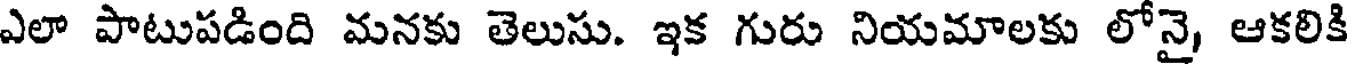
ఎలా పాటుపడింది మనకు తెలుసు. ఇక గురు నియమాలకు లోనై, ఆకలికి